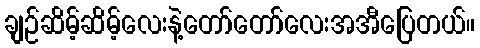
ချဉ်ဆိမ့်ဆိမ့်လေးနဲ့တော်တော်လေးအအီပြေတယ်။